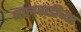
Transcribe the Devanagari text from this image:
बालवाडीच्या